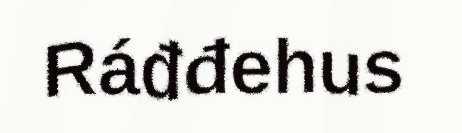
Ráđđehus